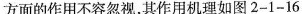
方面的作用不容忽视，其作用机理如图2-1-16